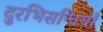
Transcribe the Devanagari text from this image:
दुरभिसन्धियाँ